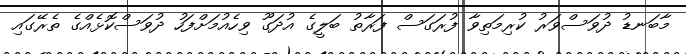
މާބަނޑު ދުވަސްވަރު ކުރިމަތިވާ ފުރަގަސް ފަރާތު ބަލީގެ އުދަގޫ ވިހެއުމަށްފަހު ދުވަސްކޮޅެއްގެ ތެރޭގައި